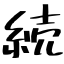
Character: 続